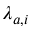
\lambda _ { a , i }